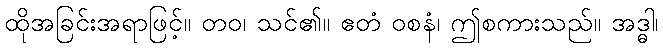
ထိုအခြင်းအရာဖြင့်။ တဝ၊ သင်၏။ ဧတံ ဝစနံ၊ ဤစကားသည်။ အဒ္ဓါ၊